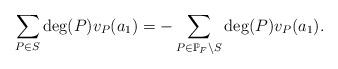
LaTeX: \begin{align*} \sum_{P \in S}\deg(P)v_P(a_1) = - \sum_{P \in \mathbb{P}_F\setminus S} \deg(P)v_P(a_1). \end{align*}